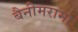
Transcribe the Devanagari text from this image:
बैनीमरामा